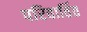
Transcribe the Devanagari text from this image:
परिवार्तित